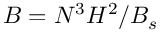
B = N ^ { 3 } H ^ { 2 } / B _ { s }